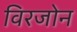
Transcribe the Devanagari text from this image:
विरजोन